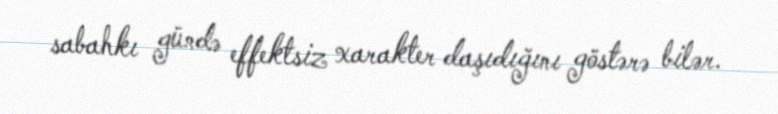
sabahkı gündə effektsiz xarakter daşıdığını göstərə bilər.